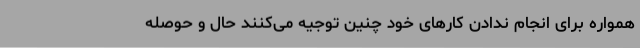
همواره برای انجام ندادن کارهای خود چنین توجیه می‌کنند حال و حوصله